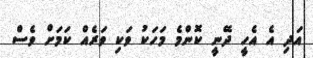
އަދި އެ އެހީ ދޭނީ ކޮންމެ މަހަކު ވަކި ވަރެއް ކަމަށް ވެސް